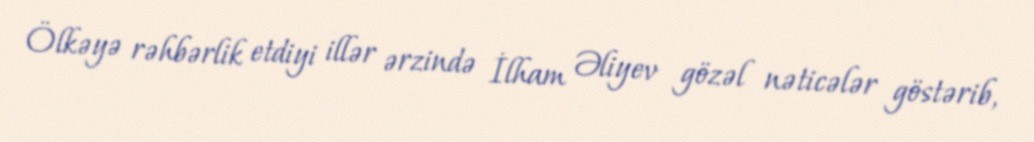
Ölkəyə rəhbərlik etdiyi illər ərzində İlham Əliyev gözəl nəticələr göstərib,